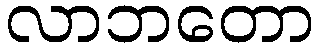
လာဘတော